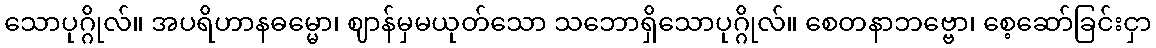
သောပုဂ္ဂိုလ်။ အပရိဟာနဓမ္မော၊ ဈာန်မှမယုတ်သော သဘောရှိသောပုဂ္ဂိုလ်။ စေတနာဘဗ္ဗော၊ စေ့ဆော်ခြင်းငှာ